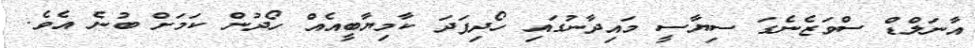
އާނަލްޑް ސްވަޒެނެގަ ސިޔާސީ މައިދާނުގައި ހޯދިފަދަ ކާމިޔާބީއެއް ހޯދުން ކަމަށް ބުނެ އެވެ.